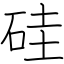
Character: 硅